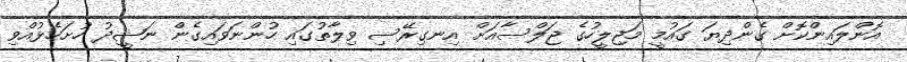
އޮންލައިންކޮށް ގެންދިޔަ ގައުމީ މަޖިލީހުގެ ޖަލްސާއަށް އިނގިރޭސި ވިލާތުގައި ހުންނަވައިގެން ނަޝީދު ހުށަހެޅުއްވި